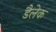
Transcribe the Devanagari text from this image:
डैलेक